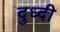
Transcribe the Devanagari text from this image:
दुध्दी